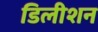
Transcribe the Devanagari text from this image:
डिलीशन